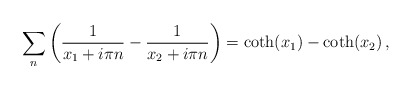
\begin{align*}\sum_n\left(\frac{1}{x_1+i\pi n}-\frac{1}{x_2+i\pi n}\right)=\coth(x_1)-\coth(x_2)\,,\end{align*}